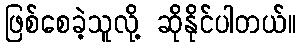
ဖြစ်စေခဲ့သူလို့ ဆိုနိုင်ပါတယ်။